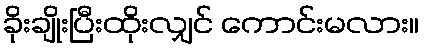
ခိုးချိုးပြီးထိုးလျှင် ကောင်းမလား။